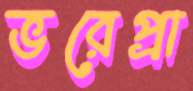
ভরেপ্রা